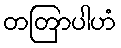
တတြာပါဟံ